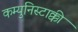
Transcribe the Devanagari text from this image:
कम्युनिस्टाक्की